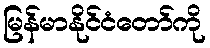
မြန်မာနိုင်ငံတော်ကို